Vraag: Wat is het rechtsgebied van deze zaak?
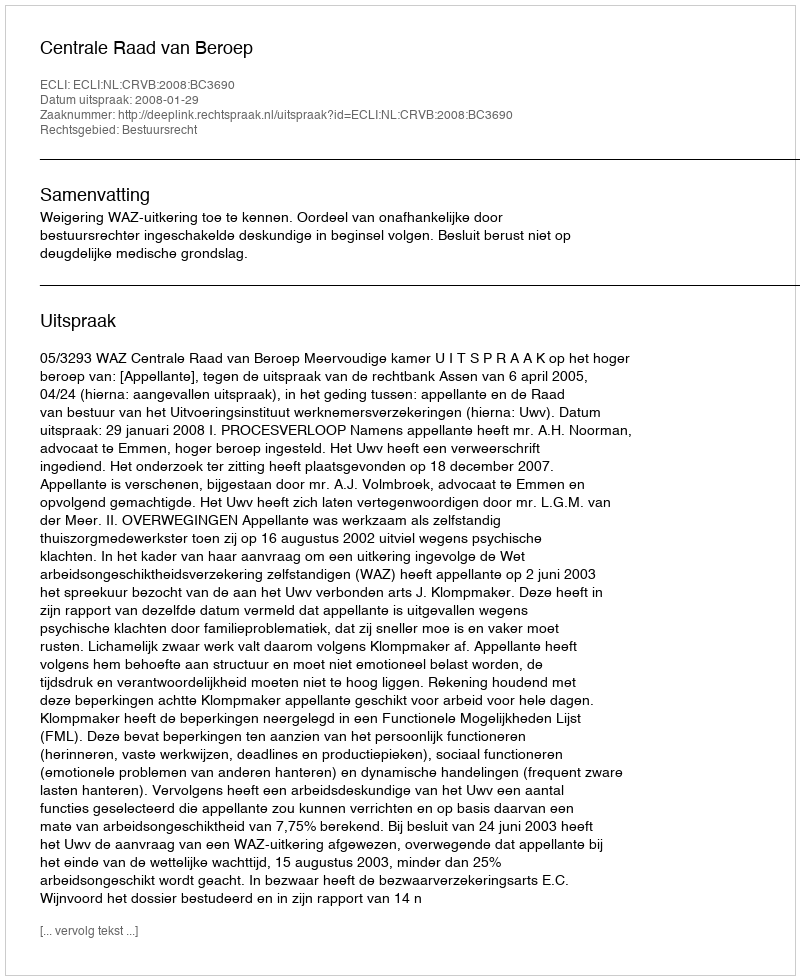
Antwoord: Bestuursrecht